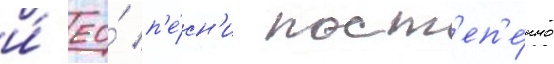
и́ ео́ п'е́сн'и пост'еп'е́нно